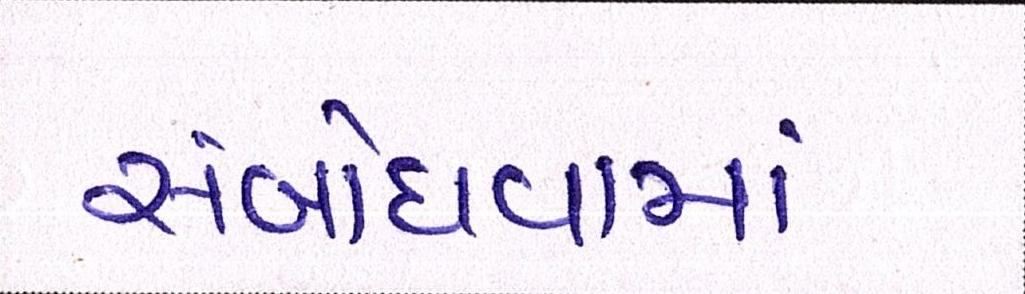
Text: સંબોધવામાં